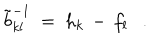
LaTeX: \tilde { b } _ { k l } ^ { - 1 } ~ = ~ h _ { k } \, - \, f _ { l } .